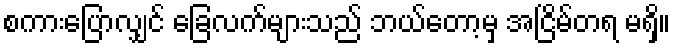
စကားပြောလျှင် ခြေလက်များသည် ဘယ်တော့မှ အငြိမ်တရ မရှိ။